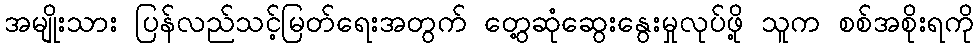
အမျိုးသား ပြန်လည်သင့်မြတ်ရေးအတွက် တွေ့ဆုံဆွေးနွေးမှုလုပ်ဖို့ သူက စစ်အစိုးရကို